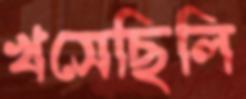
খসেছিলি